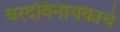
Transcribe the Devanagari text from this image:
वरदविनायकाचे